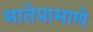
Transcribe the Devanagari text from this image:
मातेप्रामाणे